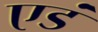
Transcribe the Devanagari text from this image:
एडं